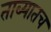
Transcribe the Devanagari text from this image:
ताब्यातच